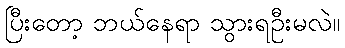
ပြီးတော့ ဘယ်နေရာ သွားရဦးမလဲ။